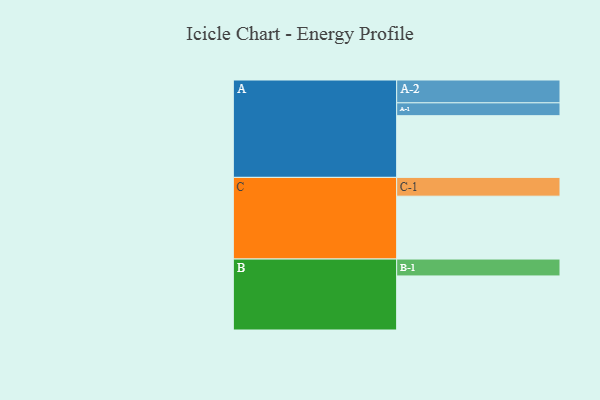
{"axis": {"x": "Segment", "y": "Value"}, "legend": ["", "A", "B", "C"], "data": [{"x": "A", "y": 581, "type": ""}, {"x": "B", "y": 509, "type": ""}, {"x": "C", "y": 592, "type": ""}, {"x": "A-1", "y": 121, "type": "A"}, {"x": "A-2", "y": 215, "type": "A"}, {"x": "B-1", "y": 159, "type": "B"}, {"x": "C-1", "y": 177, "type": "C"}]}